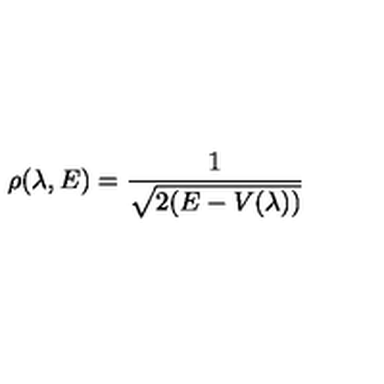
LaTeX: \rho ( \lambda , E ) = \frac { 1 } { \sqrt { 2 ( E - V ( \lambda ) ) } }